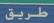
طريق